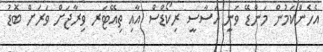
އެހެންކަމުން މަންޑޭ ވަނީ އަސާސީ ރިކޯޑްސް އާއި ތިއޭޓަރ ވިރާޖަށް ވަރަށް ބޮޑު